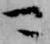
可